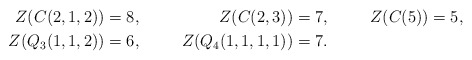
\begin{align*} Z(C(2,1,2))&=8,& Z(C(2,3))&=7,& Z(C(5))&=5,\\ Z(Q_3(1,1,2))&=6,& Z(Q_4(1,1,1,1))&=7. \end{align*}